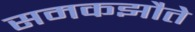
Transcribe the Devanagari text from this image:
समकझौते